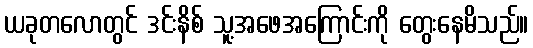
ယခုတလောတွင် ဒင်းနိစ် သူ့အဖေအကြောင်းကို တွေးနေမိသည်။